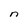
Character: n